Lunatic asylums in Bengal annual reports 1888-1898 - 1888-1898
Year: 1888
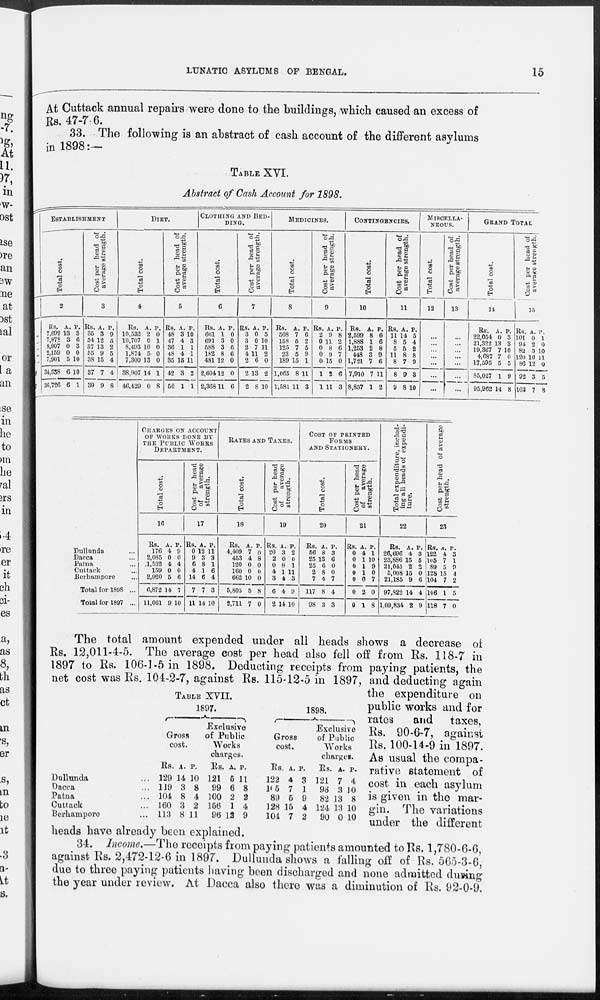
LUNATIC ASYLUMS OF BENGAL.
15
At Cuttack annual repairs were done to the buildings, which caused an excess of
Rs. 47-7 6.
33. The following is an abstract of cash account of the different asylums
in 1898:—
TABLE XVI.
Abstract of Cash Account for 1898.
ESTABLISHMENT
Total cost.
2
Rs.
7,692
7,878
8,907
2,159
7,901
34,538
36,726
A.
13
3
0
0
5
6
6
P.
3
6
3
0
10
10
1
Cost per head of
average strength.
3
Rs.
35
34
37
55
38
37
39
A.
3
12
13
9
15
7
9
P.
9
5
2
5
4
4
8
DIET.
Total cost.
4
Rs.
10,532
10,707
8,493
1,874
7,300
38,907
46,429
A.
2
0
10
5
13
14
0
P.
0
1
0
0
0
1
8
Cost per head of
average strength.
5
Rs.
48
47
36
48
35
42
50
A.
3
4
1
4
15
3
1
P.
10
3
1
1
11
2
1
CLOTHING AND BED-
----.
Total cost.
6
Rs.
661
691
588
182
481
2,604
2,368
A.
1
3
3
8
12
12
11
P.
0
0
6
6
0
0
6
Cost per head of
average strength.
7
Rs.
3
3
2
4
2
2
2
A.
0
0
7
11
6
13
8
P.
5
10
11
2
0
2
10
MEDICINES.
Total cost.
8
Rs.
568
158
125
23
189
1,065
1,581
A.
7
5
7
5
15
8
11
P.
6
2
5
9
1
11
3
Cost per head of
average strength.
9
Rs.
2
0
0
0
0
1
1
A.
9
11
8
9
15
2
11
P.
8
2
6
7
0
6
3
CONTINGENCIES.
Total cost.
10
Rs.
2,599
1,888
1,253
448
1,721
7,910
8,857
A.
8
1
2
3
7
7
1
P.
6
6
8
9
6
11
2
Cost per head of
average strength.
11
Rs.
11
8
5
11
8
8
9
A.
14
5
5
8
7
9
8
P.
5
4
2
8
9
3
10
MISCELLA-
-----.
Total cost.
12
...
...
...
...
...
...
...
Cost per head of
average strength.
13
...
...
...
...
...
...
...
GRAND TOTAL
Total cost.
14
Rs.
22,054
21,322
19,367
4,687
17,595
85,027
95,962
A.
0
13
7
7
5
1
14
P.
3
3
10
0
5
9
8
Cost per head of
average strength.
15
Rs.
101
94
82
120
86
92
103
A.
0
2
3
10
12
3
7
P.
1
0
10
11
0
5
3
Dullunda ...
Dacca ...
Patna ...
Cuttack ...
Berhampore ...
Total for 1898 ...
Total for 1897 ...
CHARGES ON ACCOUNT
OF WORKS DONE BY
THE PUBLIC WORKS
DEPARTMENT.
Total cost.
16
Rs.
176
2,085
1,532
159
2,920
6,872
11,061
A.
4
0
4
0
5
14
9
P.
9
0
4
0
6
7
10
Cost per head
of
average
strength.
17
Rs.
0
9
6
4
14
7
11
A.
12
3
8
1
6
7
14
P.
11
3
1
6
4
3
10
RATES AND TAXES.
Total cost.
18
Rs.
4,409
453
120
160
662
5,805
2,711
A.
7
4
0
0
10
5
7
P.
0
8
0
0
0
8
0
Cost per head
of
average
strength.
19
Rs.
20
2
0
4
3
6
2
A.
3
0
8
1
4
4
14
P.
2
0
1
11
3
9
10
COST OF PRINTED
FORMS
AND STATIONERY.
Total cost.
20
Rs.
56
25
25
2
7
117
98
A.
8
13
6
8
4
8
3
P.
3
6
0
0
7
4
3
Cost per head
of
average
strength.
21
Rs.
0
0
0
0
0
0
0
A.
4
1
1
1
0
2
1
P.
1
10
9
0
7
0
8
Total expenditure, includ-
ing all heads of expendi-
ture.
22
Rs.
26,696
23,886
21,045
5,008
21,185
97,822
1,09,834
A.
4
15
2
15
9
14
2
P.
3
5
2
0
6
4
9
Cost per head of average
strength.
23
Rs.
122
105
89
128
104
106
118
A.
4
7
5
15
7
1
7
P.
3
1
9
4
2
5
0
TABLE XVII.
Dullunda ...
Dacca ...
Patna ...
Cuttack ...
Berhampore ...
1897.
Gross
cost.
Rs.
129
119
104
160
113
A.
14
3
8
3
8
P.
10
8
4
2
11
Exclusive
of Public
Works
charges.
Rs.
121
99
100
156
96
A.
5
6
2
1
12
P.
11
8
2
4
9
1898.
Gross
cost.
Rs.
122
105
89
128
104
A.
4
7
6
15
7
P.
3
1
9
4
2
Exclusive
of Public
Works
charges.
Rs.
121
96
82
124
90
A.
7
3
13
13
0
P.
4
10
8
10
10
The total amount expended under all heads shows a decrease of
Rs. 12,011-4-5. The average cost per head also fell off from Rs. 118-7 in
1897 to Rs. 106-1-5 in 1898. Deducting receipts from paying patients, the
net cost was Rs. 104-2-7, against Rs. 115-12-5 in 1897, and deducting again
the expenditure on
public works and for
rates
and taxes,
Rs. 90-6-7, against
Rs. 100-14-9 in 1897.
As usual the compa-
rative statement of
cost in each asylum
is given in the mar-
gin. The variations
under the different
heads have already been explained.
34. Income.—The receipts from paying patients amounted to Rs. 1,780-6-6,
against Rs. 2,472-12-6 in 1897. Dullunda shows a falling off of Rs. 565-3-6,
due to three paying patients having been discharged and none admitted during
the year under review. At Dacca also there was a diminution of Rs. 92-0-9.